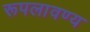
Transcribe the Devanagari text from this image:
रूपलावण्य